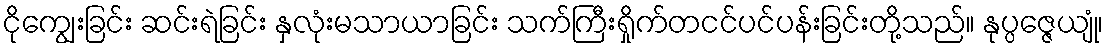
ငိုကျွေးခြင်း ဆင်းရဲခြင်း နှလုံးမသာယာခြင်း သက်ကြီးရှိုက်တငင်ပင်ပန်းခြင်းတို့သည်။ နုပ္ပဇ္ဇေယျုံ၊